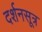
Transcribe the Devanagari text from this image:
दर्शनसूत्र